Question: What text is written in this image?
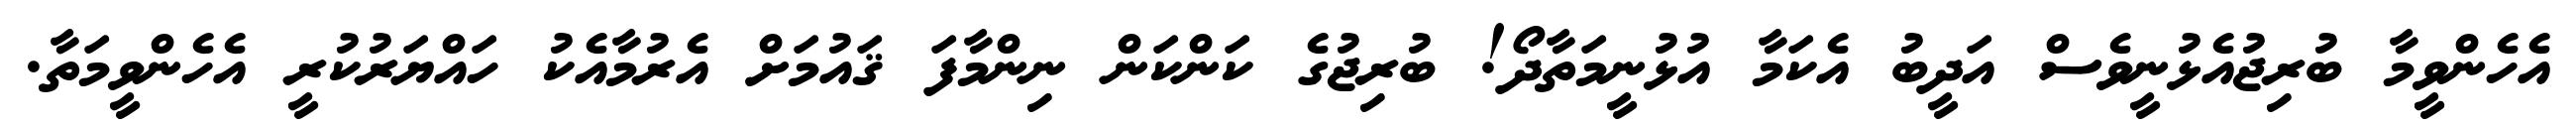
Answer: އެހެންވީމާ ބުރިޖުއެޅުނީވެސް އަދީބު އެކަމާ އުޅުނީމަތާދޯ! ބުރިޖުގެ ކަންކަން ނިންމާފަ ޤައުމަށް އެރުމާއެކު ހައްޔަރުކުރީ އެހެންވީމަތާ.